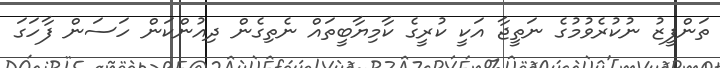
ތަންފީޒު ނުކުރެވުމުގެ ނަތީޖާ އަކީ ކުރީގެ ކާމިޔާބީތައް ނެތިގެން ދިއުންކަން ހަސަން ފާހަގަ